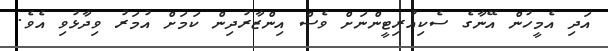
އަދި އެމީހުން އޭނާގެ ސެކިއުރިޓީންނަށް ވެސް އިންޒާރުދިން ކަމަށް އުމަރު ވިދާޅުވި އެވެ.